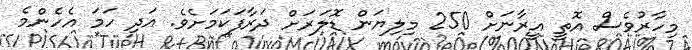
މިހާރުވެސް އޮތީ އީރާނަށް 250 މިލިޔަން ޑޮލަރަށް ދަރާފަކަމަށެވެ. އަދި ހަމަ އެހެންމެ